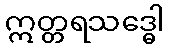
ဣတ္တရသဒ္ဓေါ